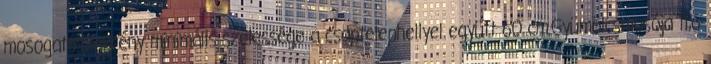
mosogatószekrény minimális szélessége a csaptelephellyel együtt 60 cm.Gyümölcsmosója 11,6